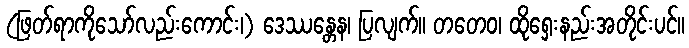
(ဖြတ်ရာကိုသော်လည်းကောင်း၊) ဒေဿန္တေန၊ ပြလျက်။ တတေဝ၊ ထိုရှေးနည်းအတိုင်းပင်။